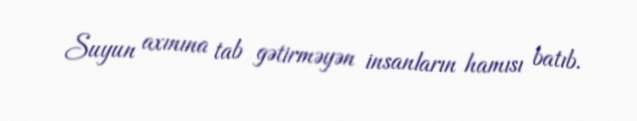
Suyun axınına tab gətirməyən insanların hamısı batıb.